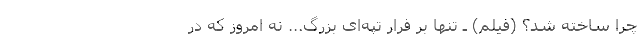
چرا ساخته شد؟ (فیلم) ـ تنها بر فرار تپه‌ای بزرگ... نه امروز که در